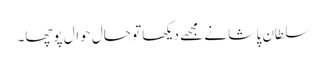
سلطان پا شا نے مجھے دیکھا تو حال حوال پوچھا۔